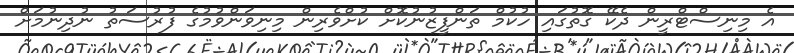
އެ މިނިސްޓްރީން ދެކޭ ގޮތުގައި ހުކުމް ތަންފީޒުނުކޮށް ކުށްވެރިން މިނިވަންވުމުގެ ފުރުސަތު ނުދިނުމަށް